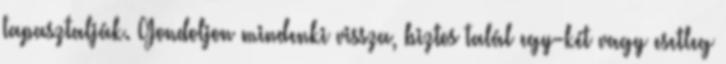
tapasztalják. Gondoljon mindenki vissza, biztos talál egy-két vagy esetleg